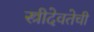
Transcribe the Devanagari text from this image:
स्त्रीदेवतेची